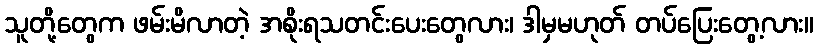
သူတို့တွေက ဖမ်းမိလာတဲ့ အစိုးရသတင်းပေးတွေလား၊ ဒါမှမဟုတ် တပ်ပြေးတွေ့လား။